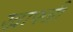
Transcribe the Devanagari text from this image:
खाफ्जी